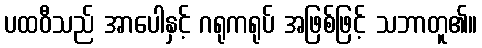
ပထဝီသည် အာပေါနှင့် ဂရုကရုပ် အဖြစ်ဖြင့် သဘာတူ၏။